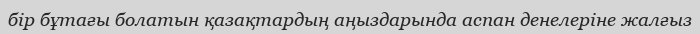
бір бұтағы болатын қазақтардың аңыздарында аспан денелеріне жалғыз